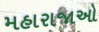
મહારાજાઓ